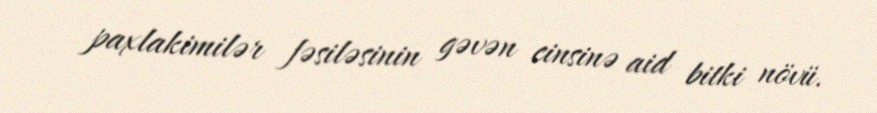
paxlakimilər fəsiləsinin gəvən cinsinə aid bitki növü.